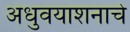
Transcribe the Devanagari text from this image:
अधुवयाशनाचे